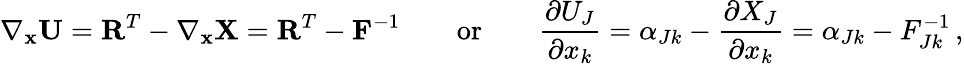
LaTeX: \nabla_{\mathbf{x}}\mathbf{U}=\mathbf{R}^{T}-\nabla_{\mathbf{x}}\mathbf{X}=\mathbf{R}^{T}-\mathbf{F}^{-1}\qquad{\mathrm{or}}\qquad{\frac{\partial U_{J}}{\partial x_{k}}}=\alpha_{Jk}-{\frac{\partial X_{J}}{\partial x_{k}}}=\alpha_{Jk}-F_{Jk}^{-1}\, ,